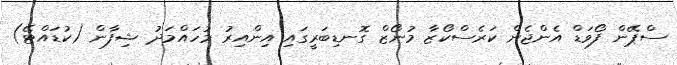
ސްޕޭން ފޯވަޑް އެންޖެން ކަރެސްކޯޒާ މުނޯޒް ގޮނޑިބަރީގައި އިންއިރު މުހައްމަދު ޝިފާން (ކުޑައްޓޭ)